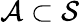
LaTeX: {\mathcal{A}}\subset{\mathcal{S}}